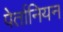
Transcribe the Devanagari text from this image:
पेर्तानियन